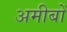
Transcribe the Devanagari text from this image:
अमीबों